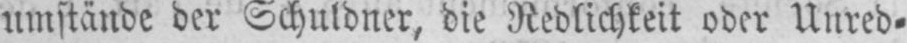
umstände der Schuldner, die Redlichkeit oder Unred⸗